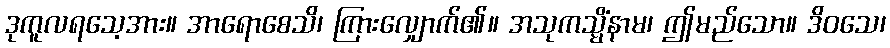
ဒုကူလရသေ့အား။ အာရောစေသိ၊ ကြားလျှောက်၏။ အသုကသ္မိံနာမ၊ ဤမည်သော။ ဒိဝသေ၊